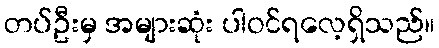
တပ်ဦးမှ အများဆုံး ပါဝင်ရလေ့ရှိသည်။